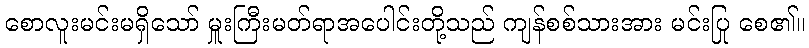
စောလူးမင်းမရှိသော် မှူးကြီးမတ်ရာအပေါင်းတို့သည် ကျန်စစ်သားအား မင်းပြု စေ၏။